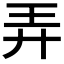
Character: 弄